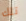
تلك